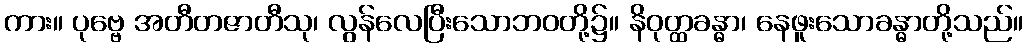
ကား။ ပုဗ္ဗေ အတီတဇာတီသု၊ လွန်လေပြီးသောဘဝတို့၌။ နိဝုတ္ထခန္ဓာ၊ နေဖူးသောခန္ဓာတို့သည်။